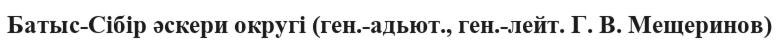
Батыс-Сібір әскери округі (ген.-адьют., ген.-лейт. Г. В. Мещеринов)